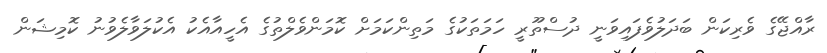
ރާއްޖޭގެ ވެރިކަން ބަދަލުވެފައިވަނީ ދުސްތޫރީ ހަމަތަކުގެ މަތިންކަމަށް ކޮމަންވެލްތުގެ އެހީއާއެކު އެކުލަވާލެވުނު ކޮމިޝަން